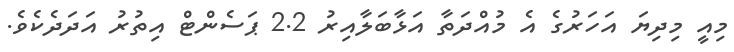
މިއީ މިދިޔަ އަހަރުގެ އެ މުއްދަތާ އަޅާބަލާއިރު 2.2 ޕަސެންޓް އިތުރު އަދަދެކެވެ.